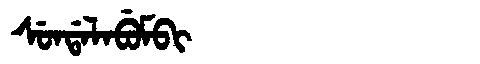
Manchu: ᠰᡠᠨᡩᠠᠯᠠᠪᡠᠮᠪᡳ
Romanization: SUNDALABUMBI